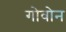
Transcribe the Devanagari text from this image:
गोवोन